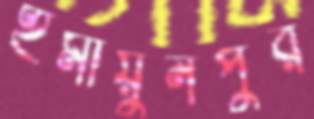
হুমায়ুনপুর